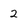
Character: 2